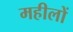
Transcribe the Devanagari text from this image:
महीलों